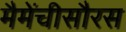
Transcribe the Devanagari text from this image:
मैमेंचीसौरस